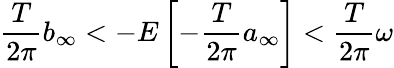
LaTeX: \frac{T}{2\pi}b_{\infty}<-E\left[-\frac{T}{2\pi}a_{\infty}\right]<\frac{T}{2\pi}\omega